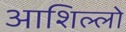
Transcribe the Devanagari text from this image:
आशिल्लो